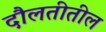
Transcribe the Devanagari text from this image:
दौलतीतील